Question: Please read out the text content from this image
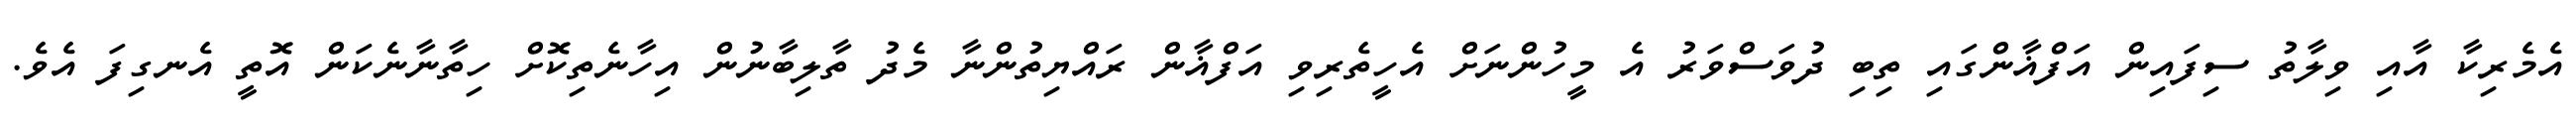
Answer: އެމެރިކާ އާއި ވިލާތު ސިފައިން އަފްޣާންގައި ތިބި ދުވަސްވަރު އެ މީހުންނަށް އެހީތެރިވި އަފްޣާން ރައްޔިތުންނާ މެދު ތާލިބާނުން އިހާނެތިކޮށް ހިތާނާނެކަން އޮތީ އެނގިފަ އެވެ.